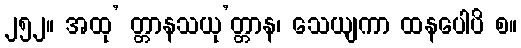
၂၅၂။ အထု’ တ္တာနသယု’တ္တာန၊ သေယျကာ ထနပေါပိ စ။